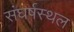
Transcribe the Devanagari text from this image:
संघर्षस्थल